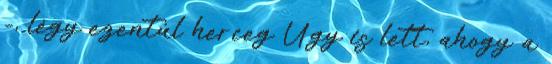
-, légy ezentúl herceg Úgy is lett, ahogy a